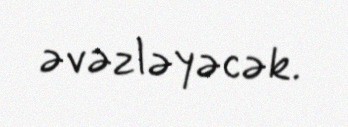
əvəzləyəcək.